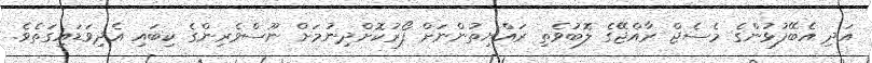
އަދި އެބޭފުޅުންގެ މެސެޖް ރާއްޖޭގެ ލޮބުވެތި ރައްޔިތުންނަށް ފޯރުކޮށްދިނުމަށް ނޫސްވެރިންގެ ކިބައި އެދިވަޑައިގަތެވެ.